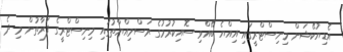
އެޑިޔުކޭޝަން މިނިސްޓްރީގައި އިއްޔެ ބޭއްވި ސޮއިކުރުމުގެ ރަސްމިއްޔާތުގައި މިނިސްޓްރީގެ ފަރާތުން މި ދެ